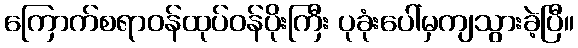
ကြောက်စရာဝန်ထုပ်ဝန်ပိုးကြီး ပုခုံးပေါ်မှကျသွားခဲ့ပြီ။